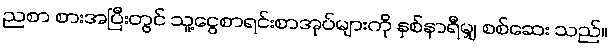
ညစာ စားအပြီးတွင် သူ့ငွေစာရင်းစာအုပ်များကို နှစ်နာရီမျှ စစ်ဆေး သည်။